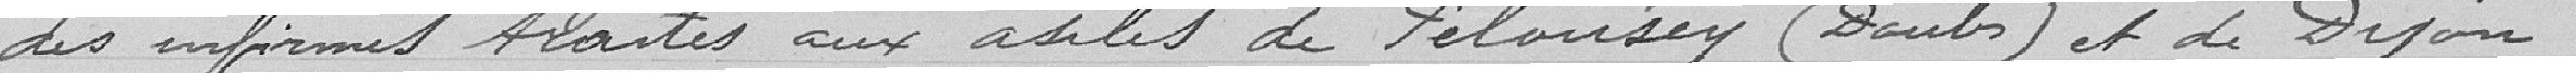
des infirmes traités aux asiles de Pelousey (Doubs) et de Dijon.